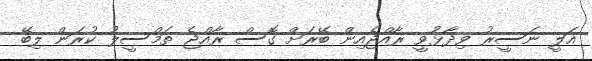
އަލީ ނަސީރު ވިދާޅުވީ ރާއްޖެއިން ބޭރަށް ގޮސް ރާއްޖެ ތަމްސީލު ކުރަން ލިބޭ